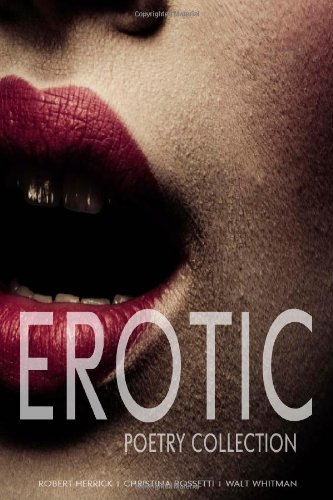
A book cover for Erotic Poetry Collection; Robert Herrick; Romance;